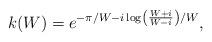
LaTeX: \begin{align*}k(W) = e^{- \pi/W-i\log \left( \frac{W+i}{W-i}\right)/W},\end{align*}